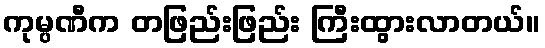
ကုမ္ပဏီက တဖြည်းဖြည်း ကြီးထွားလာတယ်။